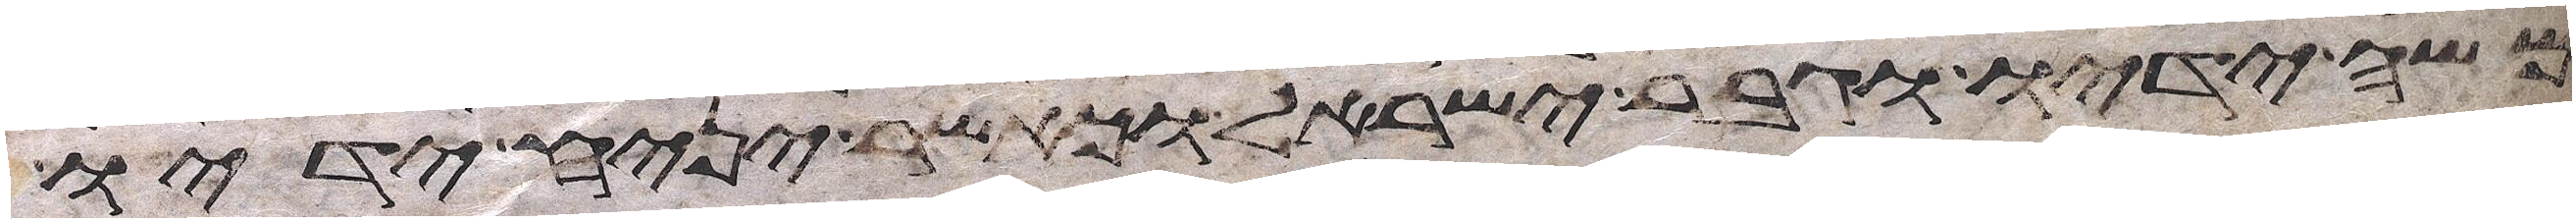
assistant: משה ידיו וגבר ישראל וכאשר יניח ידיו